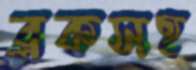
ব্লকসহ